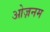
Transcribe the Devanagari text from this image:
ओज़नम